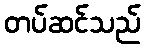
တပ်ဆင်သည်